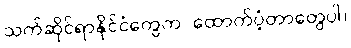
သက်ဆိုင်ရာနိုင်ငံတွေက ထောက်ပံ့တာတွေပါ။